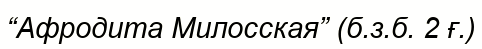
“Афродита Милосская” (б.з.б. 2 ғ.)